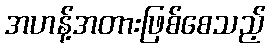
အဟန့်အတားဖြစ်စေသည့်